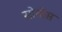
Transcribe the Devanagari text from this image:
सोतोस